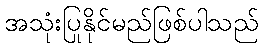
အသုံးပြုနိုင်မည်ဖြစ်ပါသည်